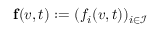
\mathbf { f } ( v , t ) : = ( f _ { i } ( v , t ) ) _ { i \in \mathcal { I } }